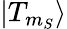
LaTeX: \vert{T_{m_{S}}}\rangle